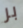
بر